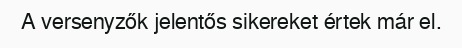
A versenyzők jelentős sikereket értek már el.